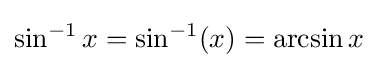
\sin ^{-1}x=\sin ^{-1}(x)=\arcsin x